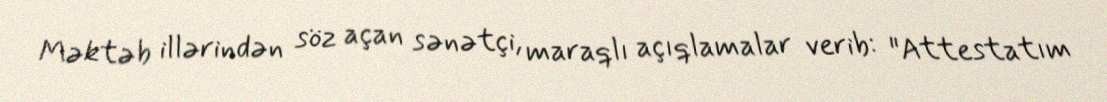
Məktəb illərindən söz açan sənətçi, maraqlı açıqlamalar verib: "Attestatım